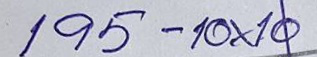
195 - 10x10